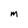
Character: m